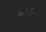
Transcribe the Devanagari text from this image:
मशेंरी